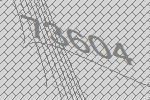
73604